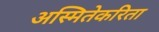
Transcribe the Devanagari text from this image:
अस्मितेकरिता